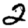
Digit: 2